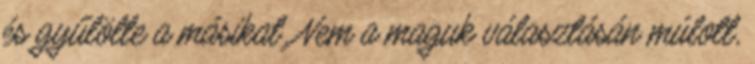
és gyűlölte a másikat. Nem a maguk választásán múlott,